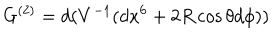
G ^ { ( 2 ) } = d ( V ^ { - 1 } ( d x ^ { 6 } + 2 R \cos \theta d \phi ) )